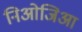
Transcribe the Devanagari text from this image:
निओजिआ